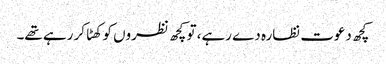
کچھ دعوت نظارہ دے رہے، تو کچھ نظروں کو کھٹا کر رہے تھے۔